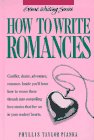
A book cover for How to Write Romances (Genre Writing Series); Phyllis Taylor Pianka; Romance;